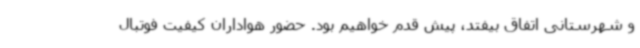
و شهرستانی اتفاق بیفتد، پیش قدم خواهیم بود. حضور هواداران کیفیت فوتبال